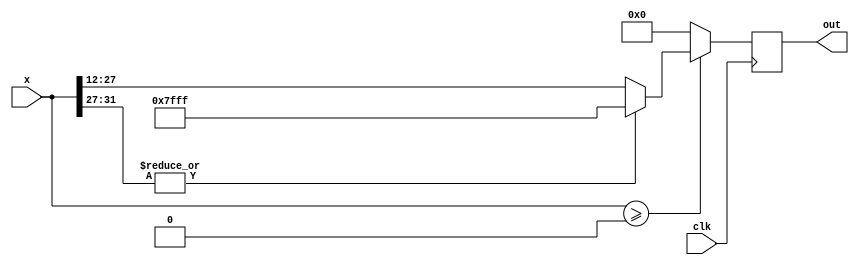
`timescale 1ns / 1ps

module ReLU #(parameter dataWidth=16, weightIntWidth=4)(
    input clk,
    input [2*dataWidth-1:0] x,
    output reg [dataWidth-1:0] out
    );
    
always@(posedge clk) begin
    if( $signed(x) >= 0) begin
        if(|x[2*dataWidth-1-:weightIntWidth+1]) begin
            out <= {1'b0,{(dataWidth-1){1'b1}}};
            $display("Inside x overflow: relu");
            $display(x);
        end
        else begin 
            out <= x[2*dataWidth-1-weightIntWidth-:dataWidth];
            $display("Inside x normal : relu");
            $display(x);
        end
    end
    
    else begin
        out <= {(dataWidth){1'b0}};
    end
end
    
endmodule